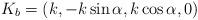
LaTeX: \begin{align*}K_{b} = (k, -k\sin\alpha, k\cos\alpha, 0)\end{align*}